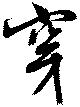
穿